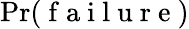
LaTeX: \operatorname*{Pr}(\mathrm{~f~a~i~l~u~r~e~})